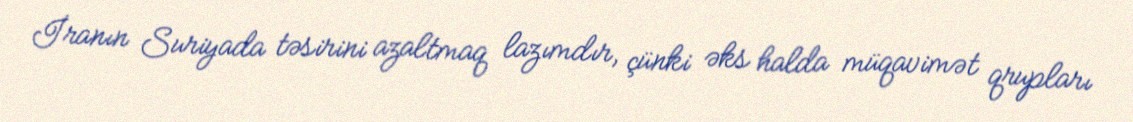
İranın Suriyada təsirini azaltmaq lazımdır, çünki əks halda müqavimət qrupları